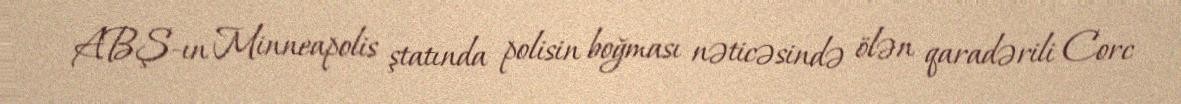
ABŞ-ın Minneapolis ştatında polisin boğması nəticəsində ölən qaradərili Corc